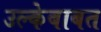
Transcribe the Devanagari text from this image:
उल्केबाबत